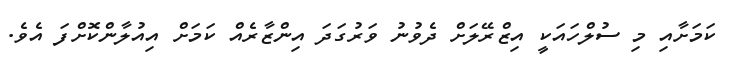
ކަމަށާއި މި ސުލްހައަކީ އިޒްރޭލަށް ދެވުނު ވަރުގަދަ އިންޒާރެއް ކަމަށް އިއުލާންކޮށްފަ އެވެ.